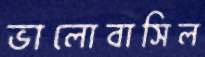
ভালোবাসিল